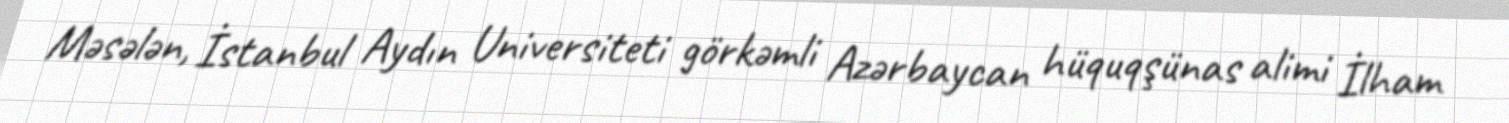
Məsələn, İstanbul Aydın Universiteti görkəmli Azərbaycan hüquqşünas alimi İlham